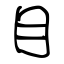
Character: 目